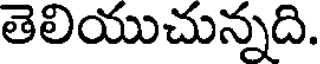
తెలియుచున్నది.